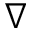
\nabla